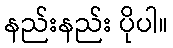
နည်းနည်း ပိုပါ။